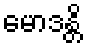
မောဒန္တိ